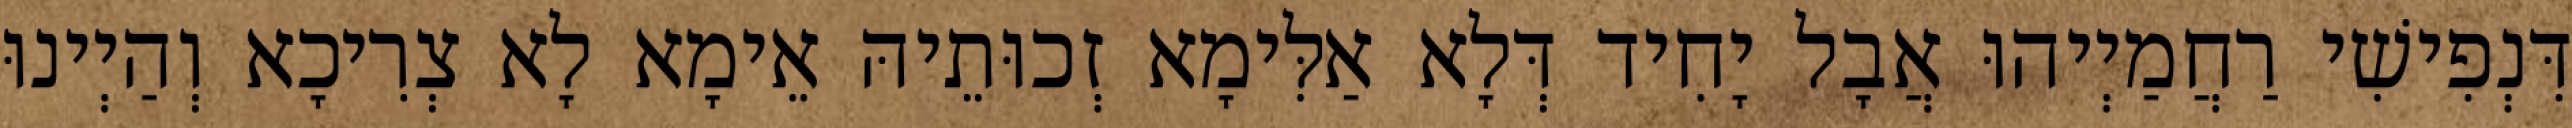
דִּנְפִישִׁי רַחֲמַיְיהוּ אֲבָל יָחִיד דְּלָא אַלִּימָא זְכוּתֵיהּ אֵימָא לָא צְרִיכָא וְהַיְינוּ